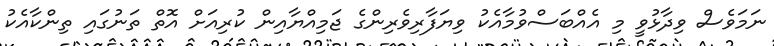
ނަމަވެސް ވިދާޅުވީ މި އެއްބަސްވުމާއެކު ވިޔަފާރިވެރިންގެ ޖަމިއްޔާއިން ކުރިއަށް އޮތް ތަނުގައި ތިންކާއެކު